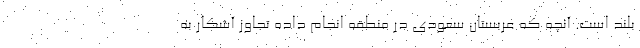
بلند است. آنچه که عربستان سعودی در منطقه انجام داده تجاوز آشکار به